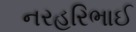
નરહરિભાઈ